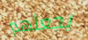
يجعلهم